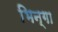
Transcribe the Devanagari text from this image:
भिन्गा